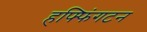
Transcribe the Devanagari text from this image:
हफ्फिंगटन